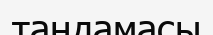
таңдамасы